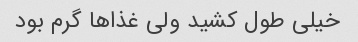
خیلی طول کشید ولی غذاها گرم بود